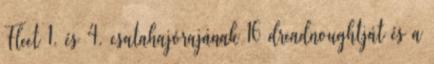
Fleet 1. és 4. csatahajórajának 16 dreadnoughtját és a